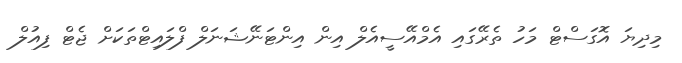
މިދިޔަ އޮގަސްޓް މަހު ތެރޭގައި އެމްއޭސީއެލް އިން އިންޓަނޭޝަނަލް ފްލައިޓްތަކަށް ޖެޓް ފިއުލް